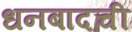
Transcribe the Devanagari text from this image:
धनबादची